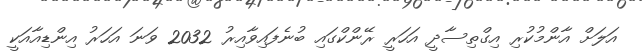
އަލަށް އާންމުކުރި އިގްތިސާދީ އަހަރީ ރޭންކްގައި ބުނެފައިވާއިރު 2032 ވަނަ އަހަރު އިންޑިއާއަކީ